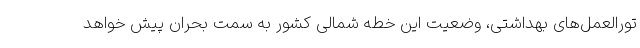
تورالعمل‌های بهداشتی، وضعیت این خطه شمالی کشور به سمت بحران پیش خواهد